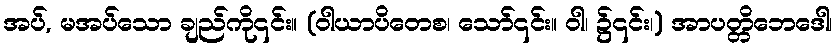
အပ်, မအပ်သော ချည်ကို၎င်း။ (ဝါယာပိတေစ၊ သော်၎င်း။ ဝါ၊ ၌၎င်း၊) အာပတ္တိဘေဒေါ၊